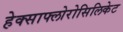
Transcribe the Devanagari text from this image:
हेक्साफ्लोरोसिलिकेट